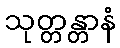
သုတ္တန္တာနံ